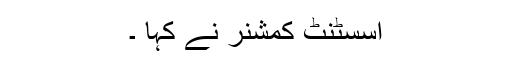
اسسٹنٹ کمشنر نے کہا ۔